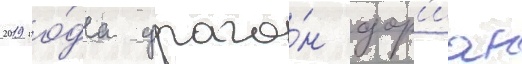
2019 го́да урага́н дор'иан